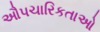
ઔપચારિકતાઓ